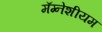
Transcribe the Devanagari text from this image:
मॅग्नेशीयम